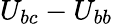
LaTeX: U_{bc}-U_{bb}